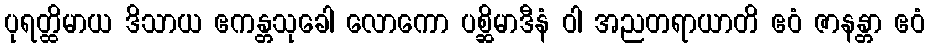
ပုရတ္ထိမာယ ဒိသာယ ဧကန္တသုခေါ လောကော ပစ္ဆိမာဒီနံ ဝါ အညတရာယာတိ ဧဝံ ဇာနန္တာ ဧဝံ